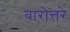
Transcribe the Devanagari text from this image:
बारोत्तरे